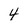
Character: 4